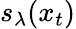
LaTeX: s_{\lambda}(x_{t})